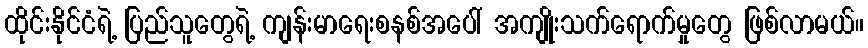
ထိုင်းနိုင်ငံရဲ့ ပြည်သူတွေရဲ့ ကျန်းမာရေးစနစ်အပေါ် အကျိုးသက်ရောက်မှုတွေ ဖြစ်လာမယ်။